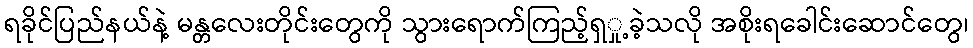
ရခိုင်ပြည်နယ်နဲ့ မန္တလေးတိုင်းတွေကို သွားရောက်ကြည့်ရှှု့ခဲ့သလို အစိုးရခေါင်းဆောင်တွေ၊